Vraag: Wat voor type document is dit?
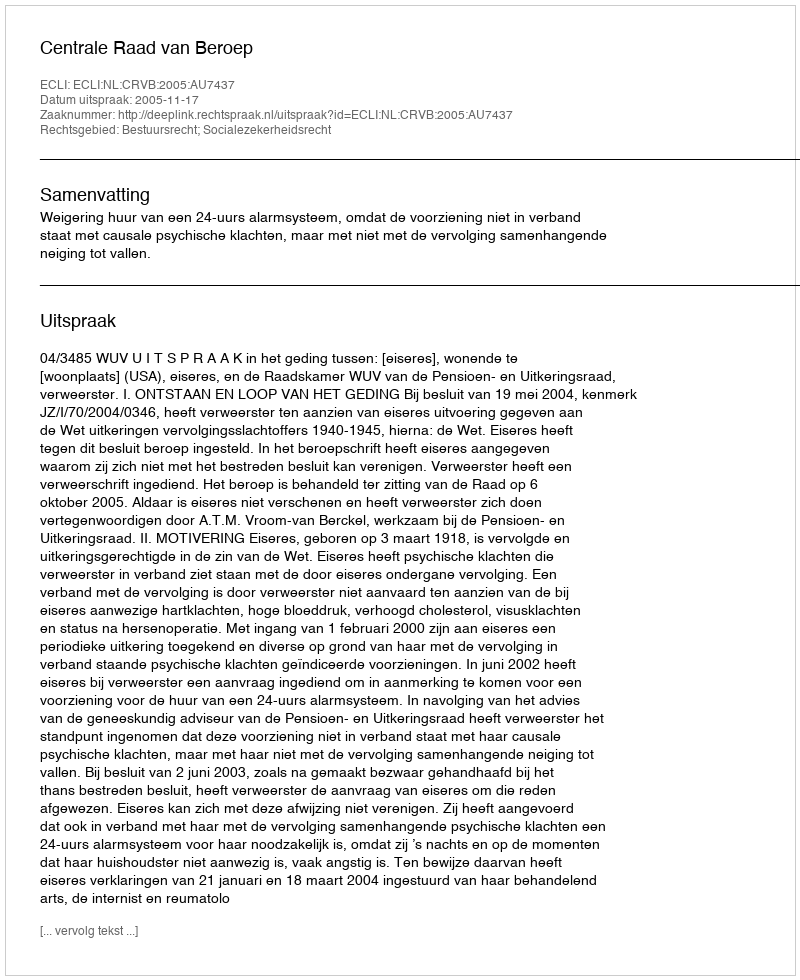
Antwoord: Uitspraak